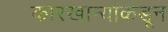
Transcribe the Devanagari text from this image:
कारखान्यांकडून